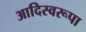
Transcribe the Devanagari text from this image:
आदिस्वरूपा